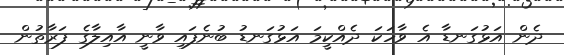
ދެން އަޅުގަނޑާ އެ ވާހަކަ ދެއްކީމަ އަޅުގަނޑު ބުނެފައި ވާނީ އާއިލާގެ ފަރާތުން